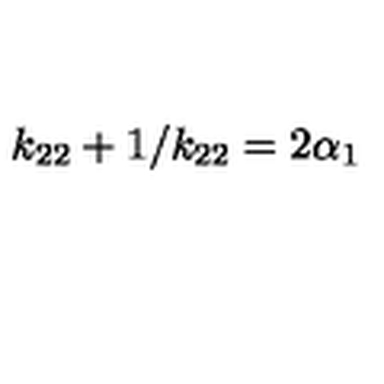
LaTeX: k _ { 2 2 } + 1 / k _ { 2 2 } = 2 \alpha _ { 1 }